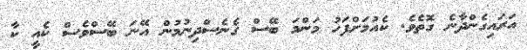
އަރައިގެންދާނެ ގޮތެވެ. ކެއުމަށްފަހު މަންމަ ބޭސް ގެނެސްދިނުމުން އޭނަ ބޭސްވެސް ކެއީ ކާ